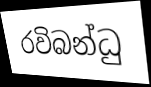
රවිබන්ධු